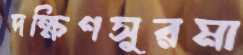
দক্ষিণসুরমা